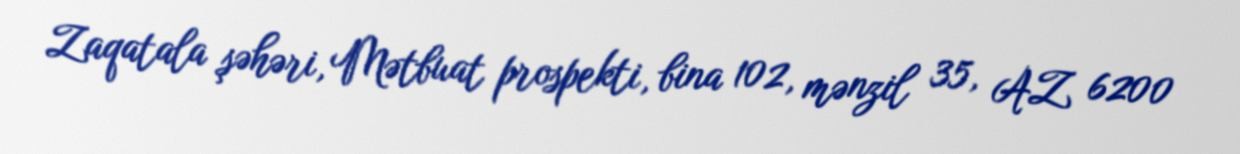
Zaqatala şəhəri, Mətbuat prospekti, bina 102, mənzil 35, AZ 6200